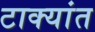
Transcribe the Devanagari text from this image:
टाक्यांत